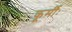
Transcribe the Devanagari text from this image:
कूर्मीः